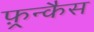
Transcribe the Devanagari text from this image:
फ़्रन्कैस